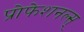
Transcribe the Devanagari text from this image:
प्रोफेशनल्स्